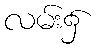
လမ်း၌